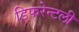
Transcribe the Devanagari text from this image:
डिफरेन्टली